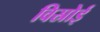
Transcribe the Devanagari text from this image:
विस्रोई